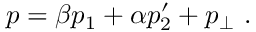
p = \beta p _ { 1 } + \alpha p _ { 2 } ^ { \prime } + p _ { \perp } ~ .